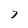
Character: 7